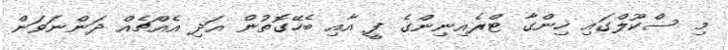
މި ސްކޫލްގައި ހިންގާ ޓްރެއިނިންގެ ފީ އާއި ބެހޭގޮތުން އަދި އެއްޗެއް ދަންނަވަން